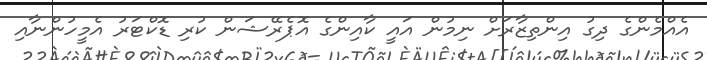
އެއްމެންގެ ދިގު އިންތިޒާރަށް ނިމުން އައީ ކާއިންގެ އޮޕެރޭޝަން ކުރި ޑޮކްޓަރު އެމީހުންނާއި